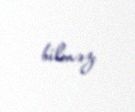
bilməz.